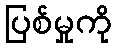
ပြစ်မှုကို